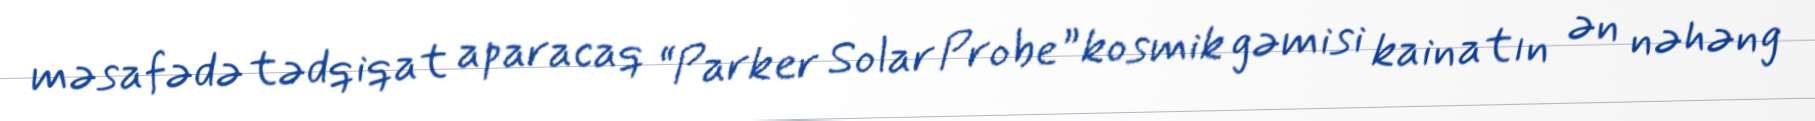
məsafədə tədqiqat aparacaq “Parker Solar Probe” kosmik gəmisi kainatın ən nəhəng